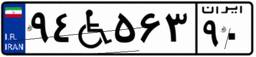
۹۴W۵۶۳۹۰